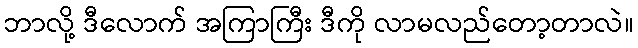
ဘာလို့ ဒီလောက် အကြာကြီး ဒီကို လာမလည်တော့တာလဲ။